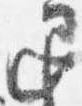
退